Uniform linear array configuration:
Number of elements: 12
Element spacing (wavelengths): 0.75
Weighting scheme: blackman
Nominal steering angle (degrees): -30
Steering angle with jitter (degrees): -31.855
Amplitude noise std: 0.05
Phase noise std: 0.05

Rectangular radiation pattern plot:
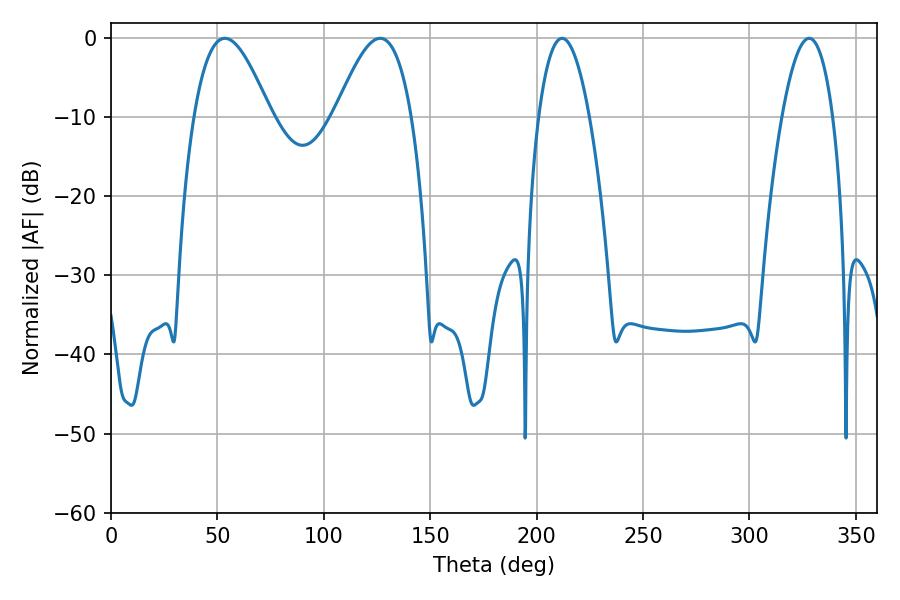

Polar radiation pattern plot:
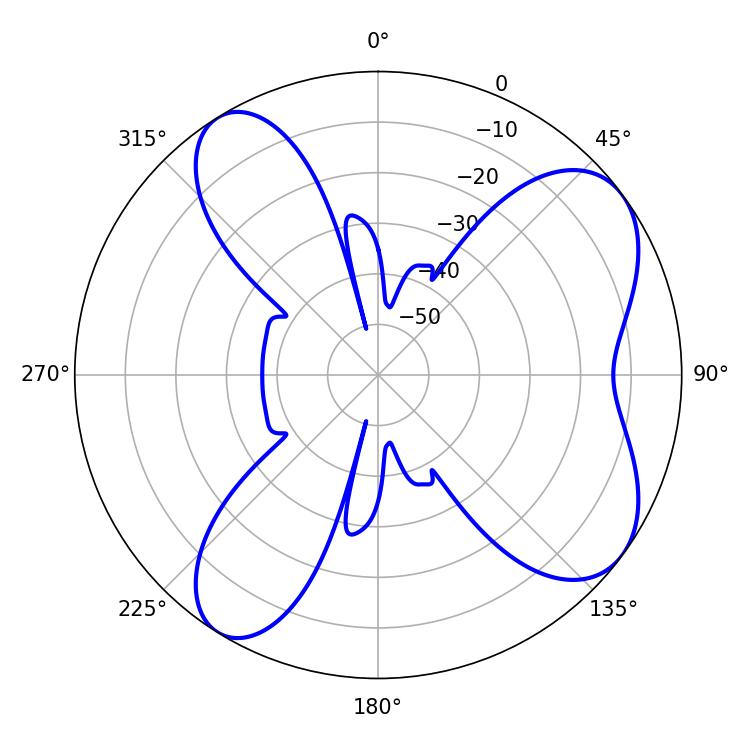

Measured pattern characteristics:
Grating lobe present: TRUE
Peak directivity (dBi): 7.451
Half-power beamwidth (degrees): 19.44
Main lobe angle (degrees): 53.46